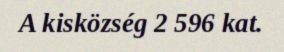
A kisközség 2 596 kat.